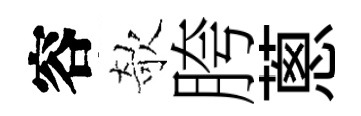
容欹胯蔥